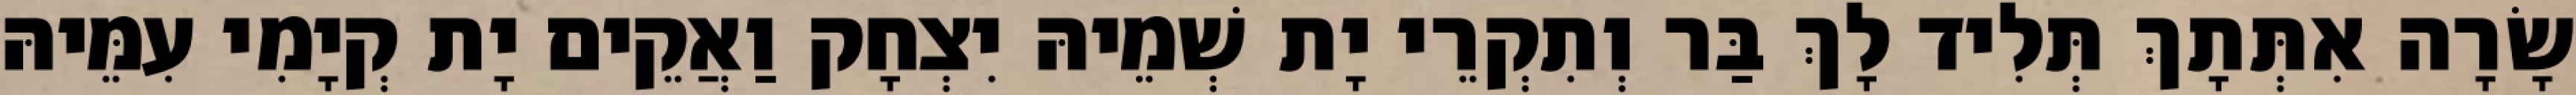
שָׂרָה אִתְּתָךְ תְּלִיד לָךְ בַּר וְתִקְרֵי יָת שְׁמֵיהּ יִצְחָק וַאֲקֵים יָת קְיָמִי עִמֵּיהּ